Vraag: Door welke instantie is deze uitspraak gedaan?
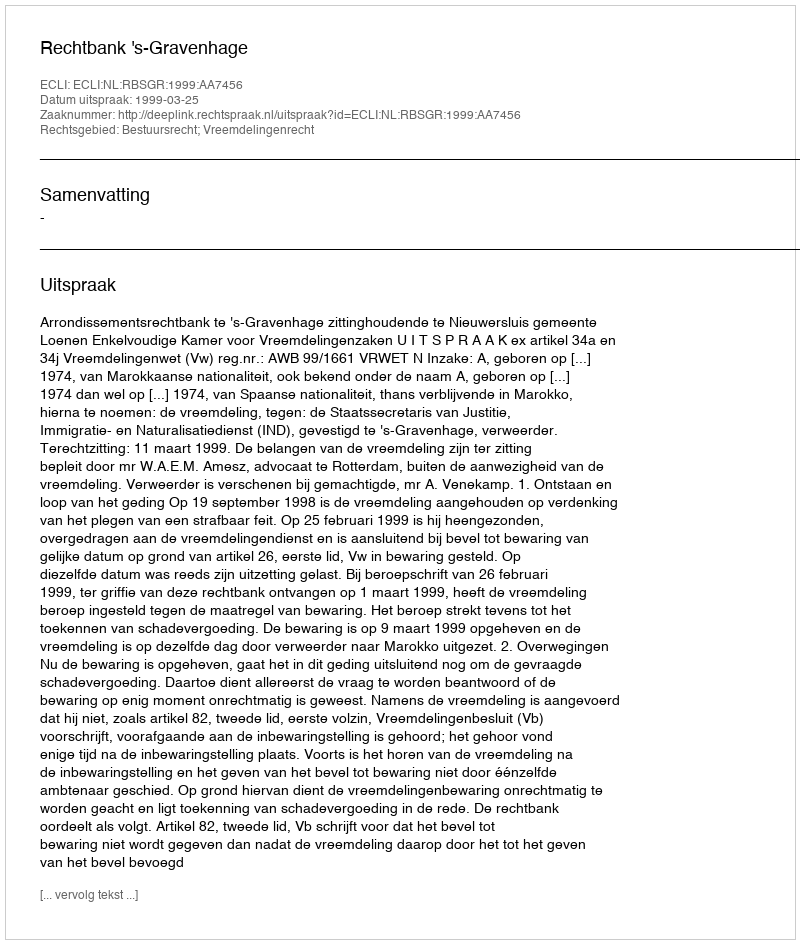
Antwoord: Rechtbank 's-Gravenhage